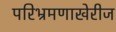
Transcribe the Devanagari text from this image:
परिभ्रमणाखेरीज